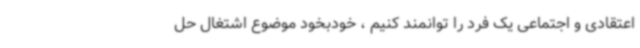
اعتقادی و اجتماعی یک فرد را توانمند کنیم ، خودبخود موضوع اشتغال حل